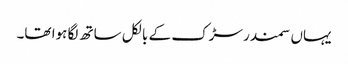
یہاں سمندر سڑک کے بالکل ساتھ لگا ہوا تھا۔